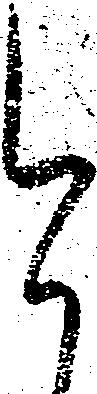
今